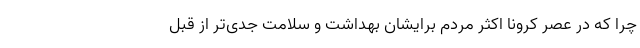
چرا که در عصر کرونا اکثر مردم برایشان بهداشت و سلامت جدی‌تر از قبل